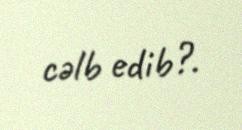
cəlb edib?.